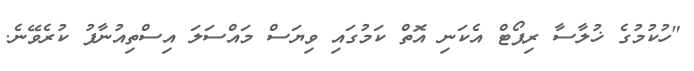
"ހުކުމުގެ ޚުލާސާ ރިޕޯޓް އެކަނި އޮތް ކަމުގައި ވިޔަސް މައްސަލަ އިސްތިއުނާފު ކުރެވޭނެ.